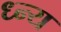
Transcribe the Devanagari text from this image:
ध्न्य